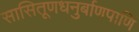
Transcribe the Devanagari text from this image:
सासितूणधनुर्बाणपाणिं